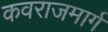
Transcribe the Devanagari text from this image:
कवराजमार्ग